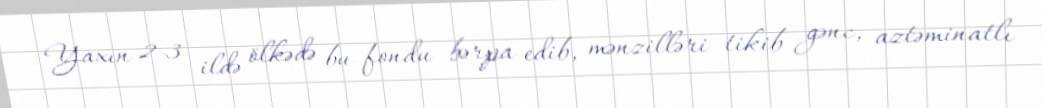
Yaxın 2-3 ildə ölkədə bu fondu bərpa edib, mənzilləri tikib gənc, aztəminatlı